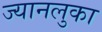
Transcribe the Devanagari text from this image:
ज्यानलुका